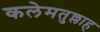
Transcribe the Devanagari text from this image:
कलेमतुल्लाह